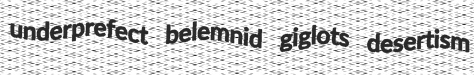
underprefect belemnid giglots desertism